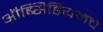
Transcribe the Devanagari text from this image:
ऑब्सिडियमचे